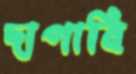
দাপাবি